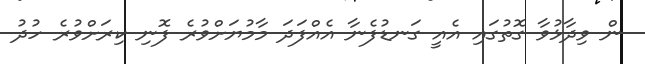
ން ވިދާޅުވާ ގޮތުގައި އެއީ ގަނޑުފެނާ އެއްފަދަ މާމުޔަށްވުރެ ފޮނި ކިރަށްވުރެ ހުދު